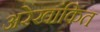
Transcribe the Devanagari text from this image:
अरेखांकित